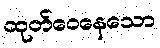
ထုတ်ဝေနေသော